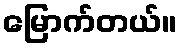
မြောက်တယ်။